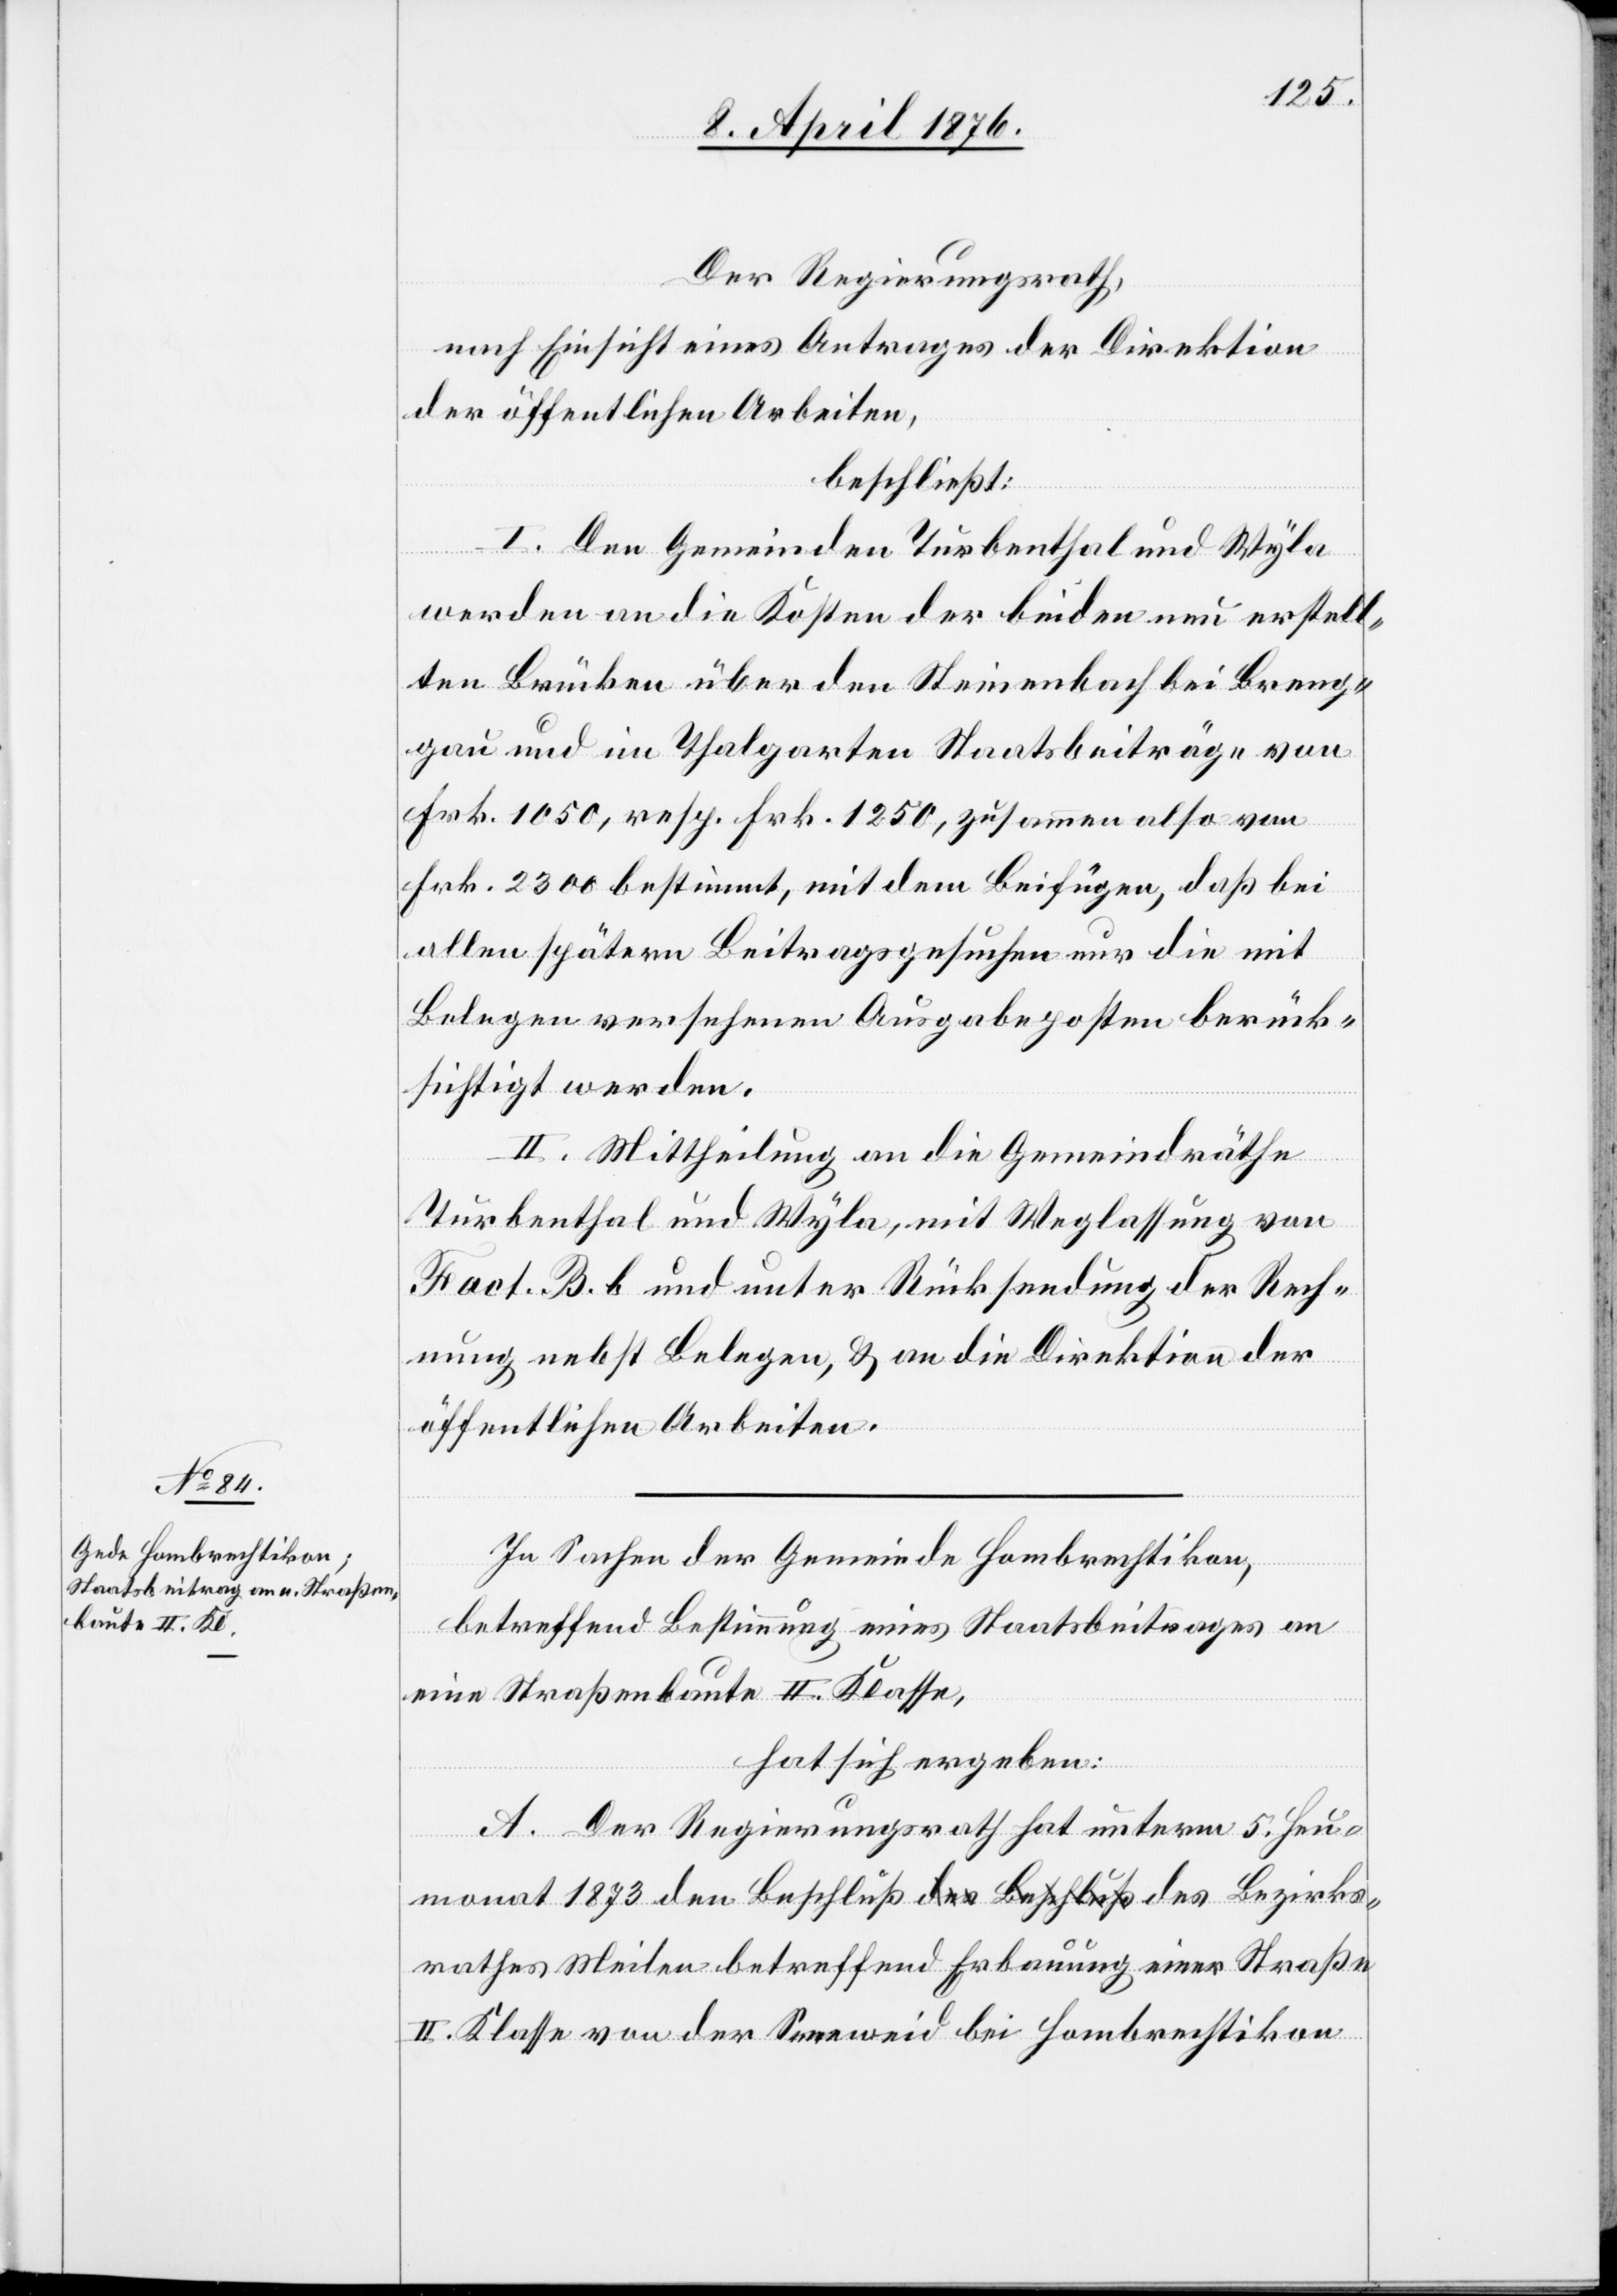
Der Regierungsrath,
nach Einsicht eines Antrages der Direktion
der öffentlichen Arbeiten,
beschließt:
I. Den Gemeinden Turbenthal und Wyla
werden an die Kosten der beiden neu erstell¬
ten Brücken über den Steinenbach bei Breng¬
au und im Thalgarten Staatsbeiträge von
Frk- 1050 resp. Frk- 1250, zusammen also von
Frk. 2300 bestimmt, mit dem Beifügen, daß bei
allen spätern Beitragsgesuchen nur die mit
Belegen versehenen Ausgabenposten berück¬
sichtigt werden.
II. Mittheilung an die Gemeindräthe
Turbenthal und Wyla, mit Weglassung von
Fact. B. b und unter Rücksendung der Rech¬
nung nebst Belegen, & an die Direktion der
öffentlichen Arbeiten.
In Sachen der Gemeinde Hombrechtikon,
betreffend Bestimmung eines Staatsbeitrages an
eine Straßenbaute II. Klasse,
hat sich ergeben:
A. Der Regierungsrath hat unterm 5. Heu¬
monat 1873 den Beschluß des Bezirksrathes Meilen
II. Klasse von der Sennweid bei Hombrechtikon